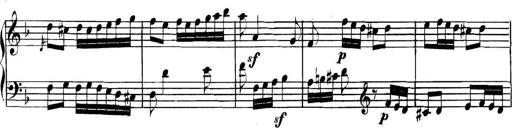
Title: Collected Piano Sonatas
Composer: Muzio Clementi